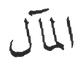
المآل